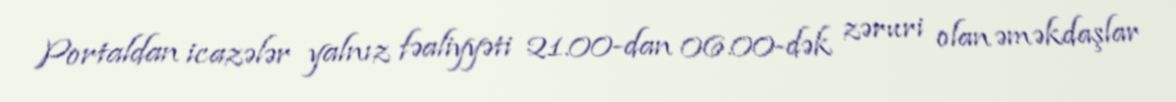
Portaldan icazələr yalnız fəaliyyəti 21.00-dan 06.00-dək zəruri olan əməkdaşlar